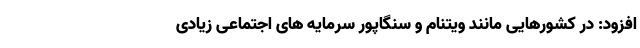
افزود: در کشورهایی مانند ویتنام و سنگاپور سرمایه های اجتماعی زیادی